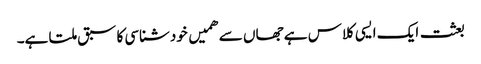
بعثت ایک ایسی کلاس ہے جھاں سے ھمیں خودشناسی کا سبق ملتا ہے۔